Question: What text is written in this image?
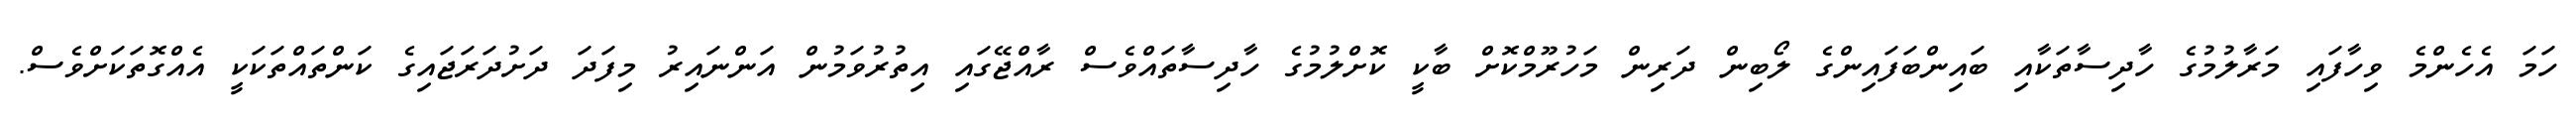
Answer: ހަމަ އެހެންމެ ވިހާފައި މަރާލުމުގެ ހާދިސާތަކާއި ބައިންބަފައިންގެ ލޯބިން ދަރިން މަހުރޫމްކޮށް ބާކީ ކޮށްލުމުގެ ހާދިސާތައްވެސް ރާއްޖޭގައި އިތުރުވަމުން އަންނައިރު މިފަދަ ދަށުދަރަޖައިގެ ކަންތައްތަކަކީ އެއްގޮތަކަށްވެސް.